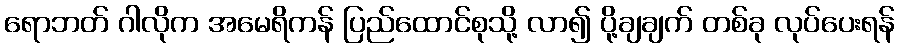
ရောဘတ် ဂါလိုက အမေရိကန် ပြည်ထောင်စုသို့ လာ၍ ပို့ချချက် တစ်ခု လုပ်ပေးရန်